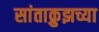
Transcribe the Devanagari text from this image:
सांताक्रुझच्या